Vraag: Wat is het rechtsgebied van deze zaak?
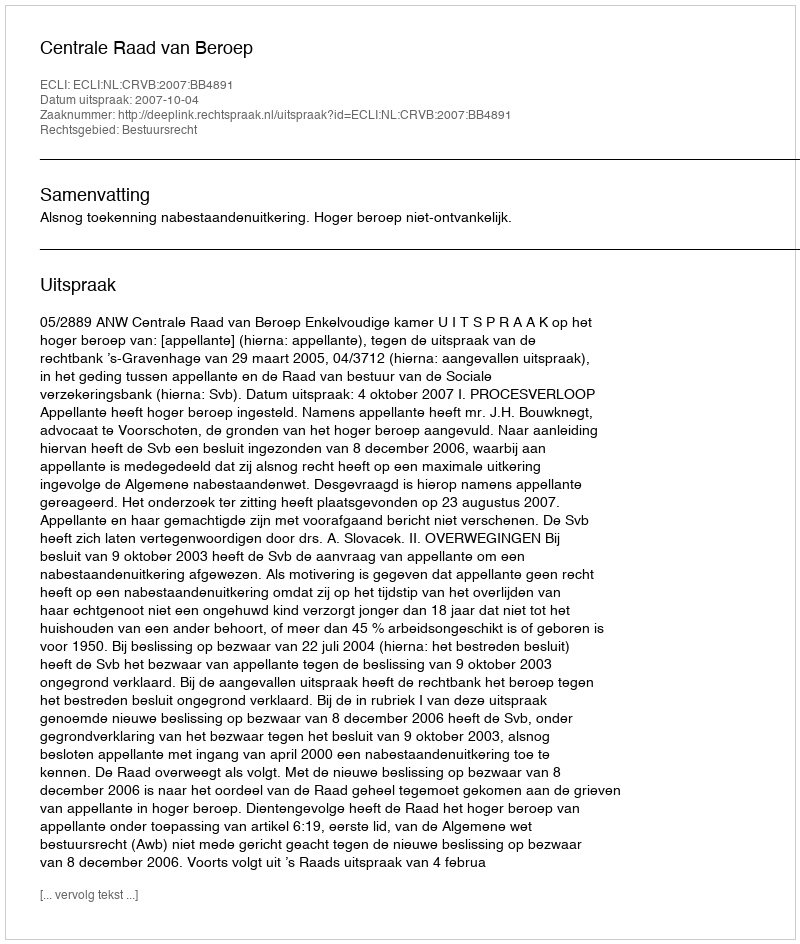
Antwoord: Bestuursrecht